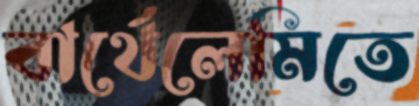
বার্থেলেমিতে